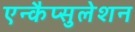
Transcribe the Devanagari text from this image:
एन्कैप्सुलेशन